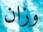
وزان